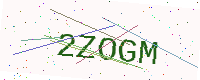
Text: 2ZOGM